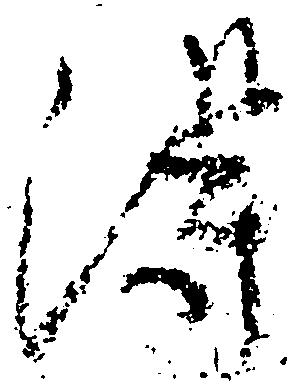
得